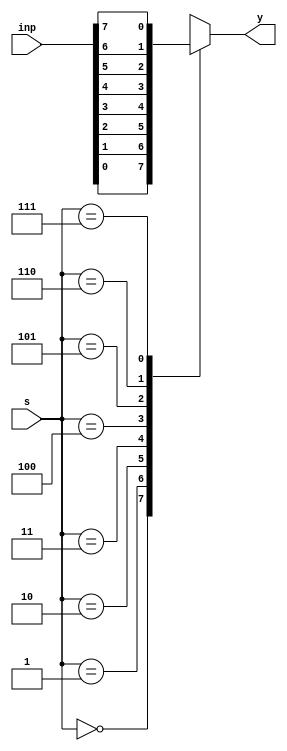
module mux8to1(inp, s, y);
input [7:0]inp;
input [2:0]s;
output reg y;
always@(inp,s)
 begin
	case(s)
	 0: y = inp[0];
	 1: y = inp[1];
	 2: y = inp[2];
	 3: y = inp[3];
	 4: y = inp[4];
	 5: y = inp[5];
	 6: y = inp[6];
	 7: y = inp[7];
	 endcase
 end
endmodule